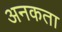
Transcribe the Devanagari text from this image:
अनकता